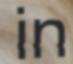
in